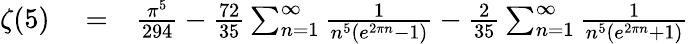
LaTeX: \begin{array}{rlr}{\zeta(5)}&{{}=}&{\frac{\pi^{5}}{294}-\frac{72}{35}\sum_{n=1}^{\infty}\frac{1}{n^{5}\left(e^{2\pi n}-1\right)}-\frac{2}{35}\sum_{n=1}^{\infty}\frac{1}{n^{5}\left(e^{2\pi n}+1\right)}}\end{array}